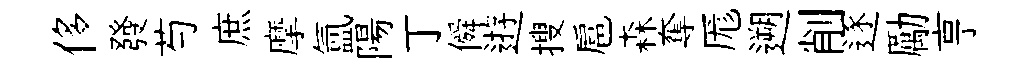
侈發芍庶摩氲陽丁僢逰搜扈森奪厖遡削逐勵亨